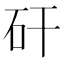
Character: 矸